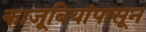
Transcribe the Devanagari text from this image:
काजूबियांपासून